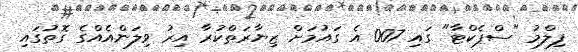
ފިލްމު "ސްޕެކްޓާ" ގައި 007 އެ ގައުމަށް ޒިޔާރަތްކުރާ އިރު ވިލަންއެއްގެ ގޮތުގައި